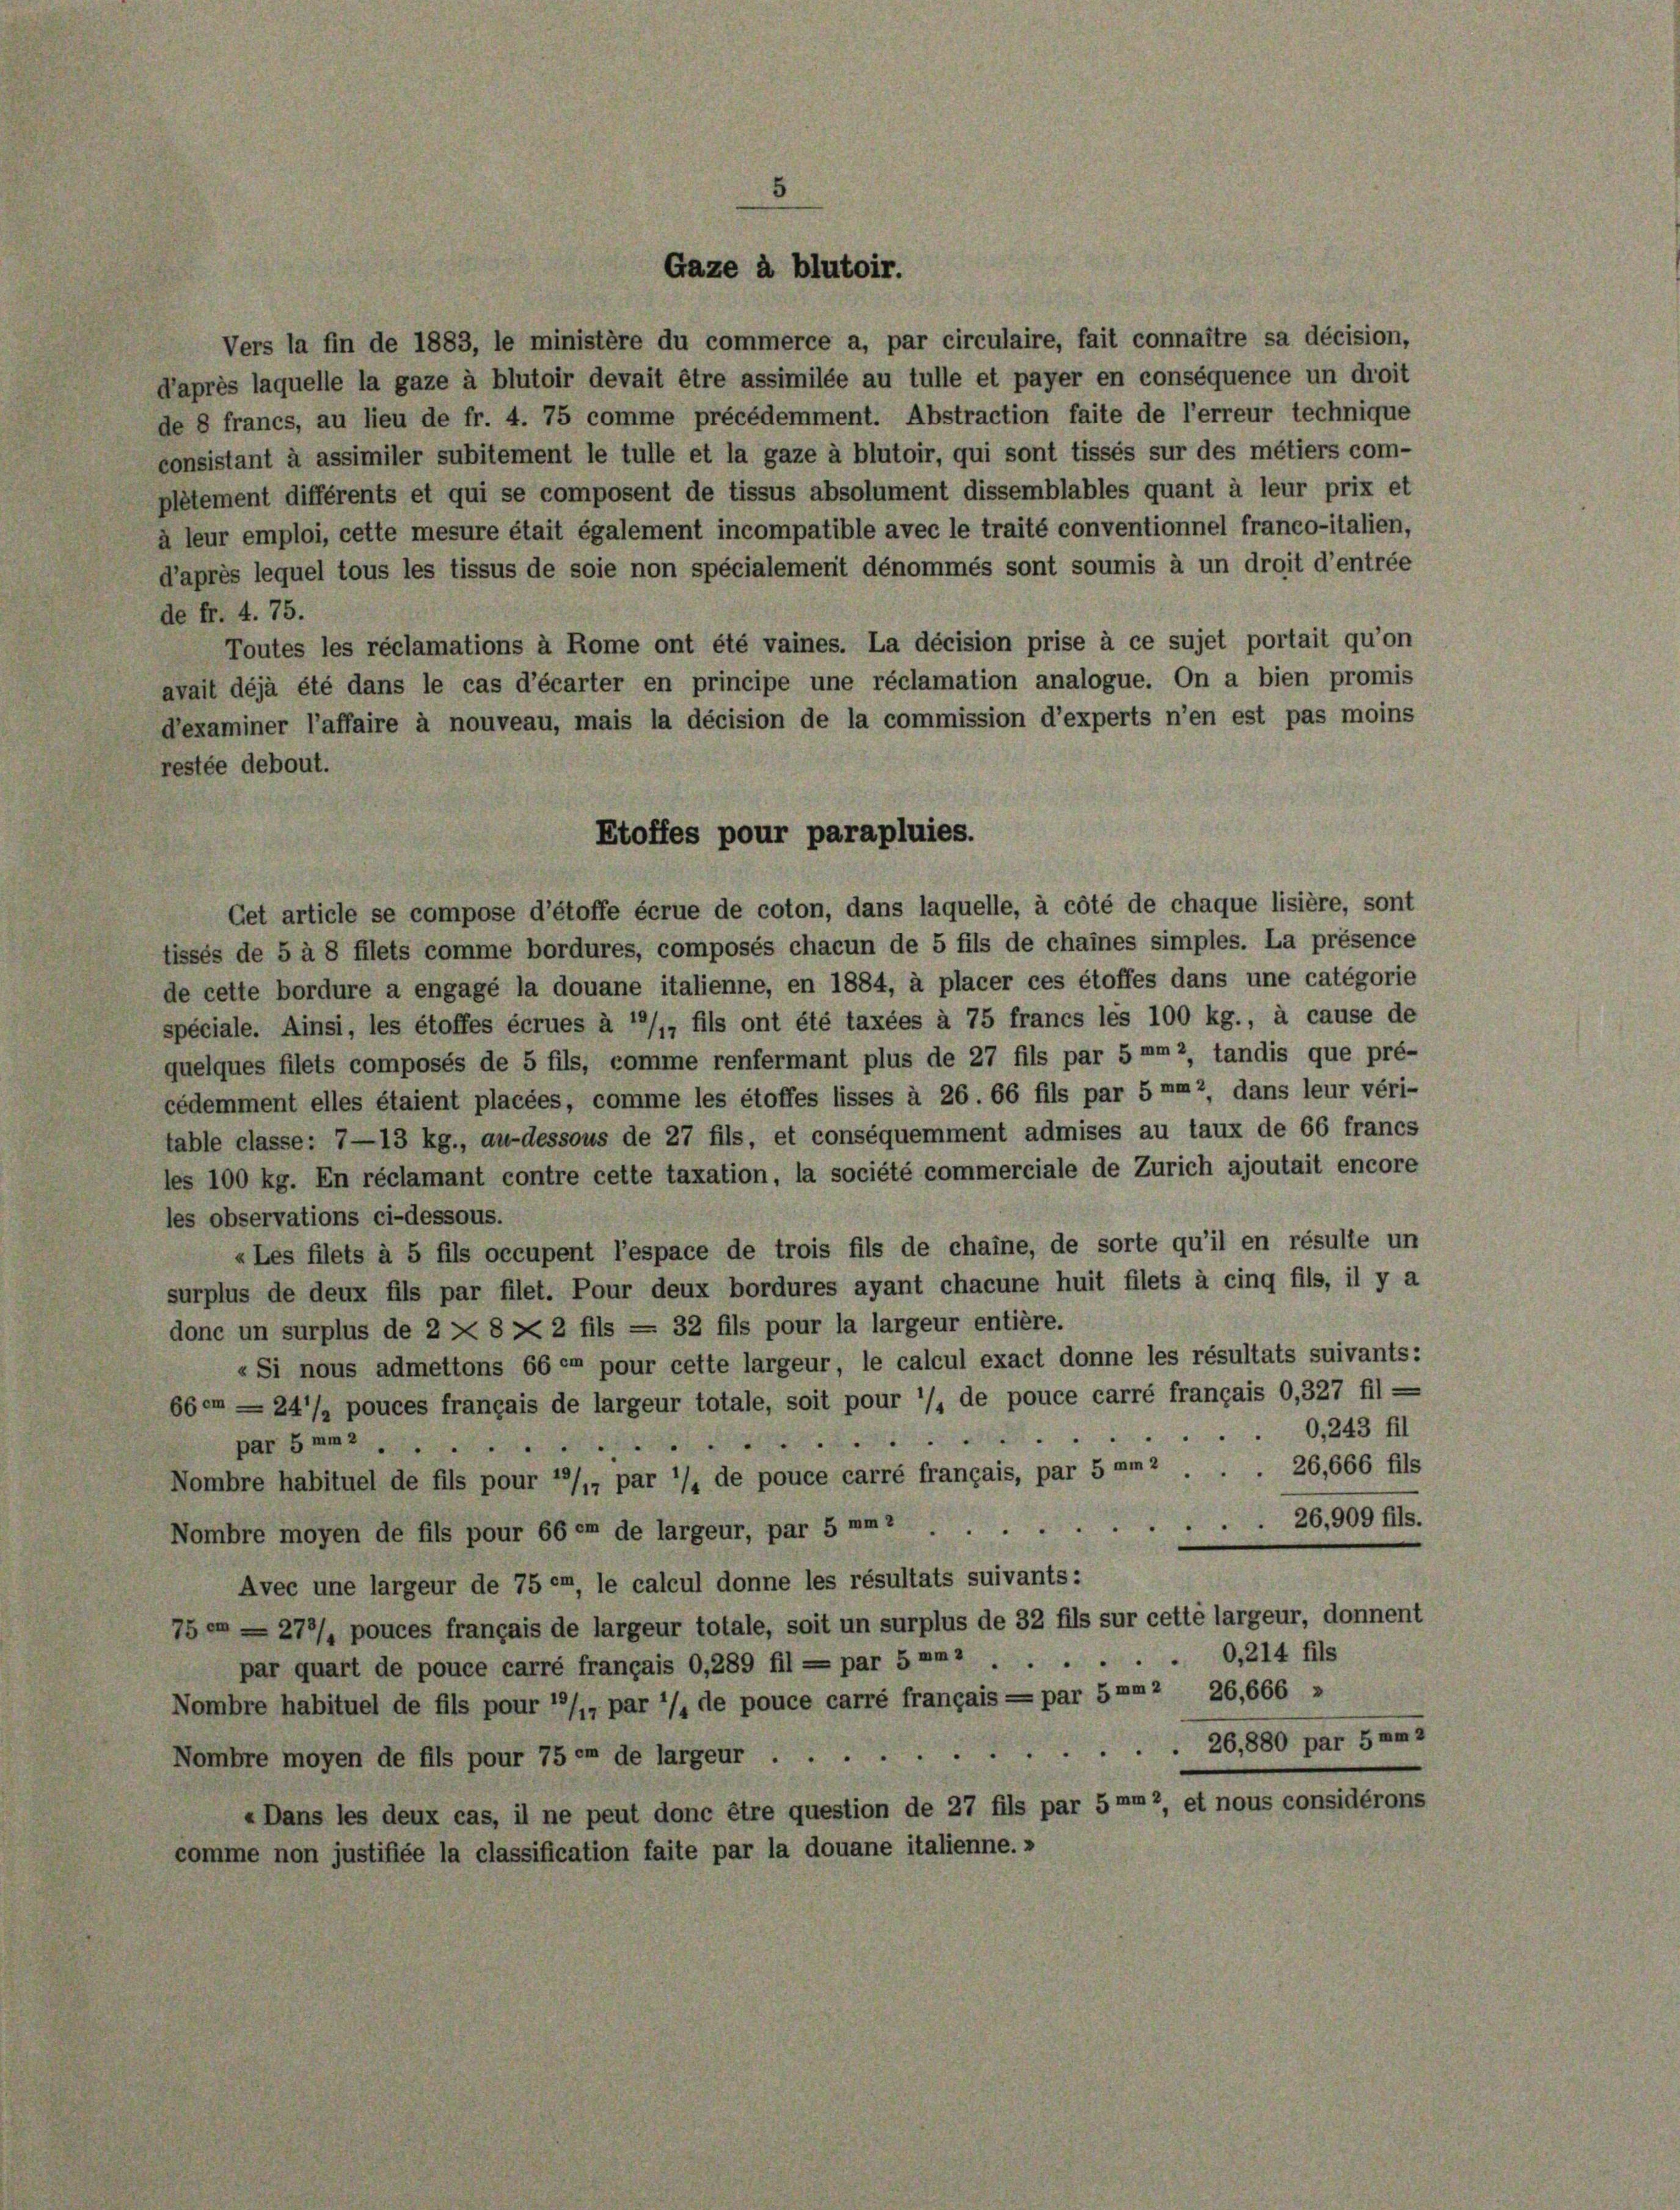
comme non justifiée la classification faite par la douane italienne.»

Vers la fin de 1883, le ministère du commerce a, par circulaire, fait connaître sa décision,
d’après laquelle la gaze à blutoir devait être assimilée au tulle et payer en conséquence un droit
de 8 francs, au lieu de fr. 4. 75 comme précédemment. Abstraction faite de l’erreur technique
consistant à assimiler subitement le tulle et la gaze à blutoir, qui sont tissés sur des métiers com-
plétement différents et qui se composent de tissus absolument dissemblables quant à leur prix et
à leur emploi, cette mesure était également incompatible avec le traité conventionnel franco-italien,
d’après lequel tous les tissus de soie non spécialement dénommés sont soumis à un droit d’entrée
de fr. 4. 75.
Toutes les réclamations à Rome ont été vaines. La décision prise à ce sujet portait qu’on
avait déjà été dans le cas d’écarter en principe une réclamation analogue. On a bien promis
dexaminer l’affaire à nouveau, mais la décision de la commission d’experts n’en est pas moins
restée debout.
Get article se compose d’étoffe écrue de coton, dans laquelle, à côté de chaque lisière, sont
tissés de 5 à 8 filets comme bordures, composés chacun de 5 fils de chaines simples. La présence
de cette bordure a engagé la douane italienne, en 1884, à placer ces étoffes dans une catégorie
spéciale. Ainsi, les étoffes écrues à ’/,, fils ont été taxées à 75 francs les 100 kg., à cause de
quelques filets composés de 5 fils, comme renfermant plus de 27 fils par 5 mm 2, tandis que pré-
cédemment elles étaient placées, comme les étoffes lisses à 26. 66 fils par 5 mm2, dans leur véri-
table classe: 7—13 kg., au-dessous de 27 fils, et conséquemment admises au taux de 66 francs
les 100 kg. En réclamant contre cette taxation, la société commerciale de Zürich ajoutait encore
les observations ci-dessous.
«Les filets à 5 fils occupent l’espace de trois fils de chaine, de sorte qu’il en résulte un
surplus de deux fils par filet. Pour deux bordures ayant chacune huit filets à cinq fils, il y a
donc un surplus de 2 X 8 X 2 fils = 32 fils pour la largeur entière.
«Si nous admettons 66 en pour cette largeur, le calcul exact donne les résultats suivants:
660m — 24’/ pouces français de largeur totale, soit pour ’/, de pouce carré français 0,327 fil -
O, 243 fil
par 5 mmz
26,666 fils
Nombre habituel de fils pour */,, par ’/, de pouce carré français, par 5 mm2 .
26,909 fils.
Nombre moyen de fils pour 66 em de largeur, par 5 mmi
Avec une largeur de 75 er, le calcul donne les résultats suivants:
75—278/, pouces français de largeur totale, soit un surplus de 32 fils sur cette largeur, donnent
O,214 fils
par quart de pouce carré français 0,289 fil - par 5 am ....
Nombre habituel de fils pour ’/, par ’/, de pouce carre français = par 5 mm2 26,666 »
Nombre moyen de fils pour 75 er de largeur26,880 par 5 am 2
«Dans les deux cas, il ne peut donc être question de 27 fils par 5 mm 2, et nous considérons

Gaze à blutoir.

Etoffes pour parapluies.